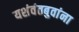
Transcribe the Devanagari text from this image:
यशंवंतबुवांना